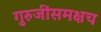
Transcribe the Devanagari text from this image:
गुरुजींसमक्षच